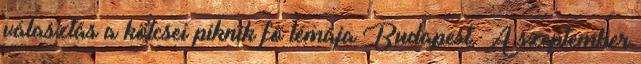
választás a kötcsei piknik fő témája Budapest. A szeptember